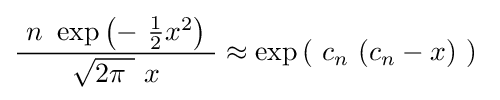
{\frac {\ n\ \exp \left(-\ {\tfrac {1}{2}}x^{2}\right)\ }{{\sqrt {2\pi \ }}\ x}}\approx \exp \left(\ c_{n}\ (c_{n}-x)\ \right)~